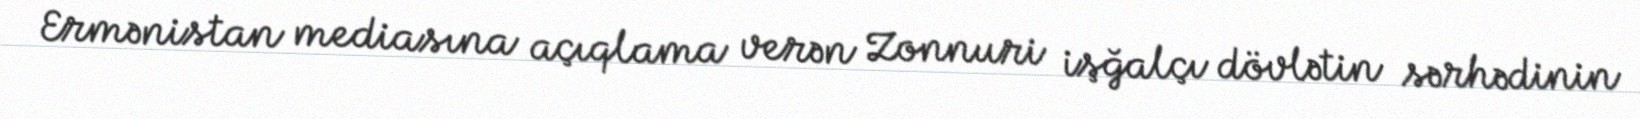
Ermənistan mediasına açıqlama verən Zonnuri işğalçı dövlətin sərhədinin